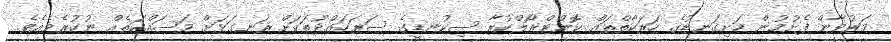
މަރުވާން ފެށުމުން ހަށިގަނޑުގެ ހަރަކާތްތައް ކޮންޓްރޯލްކުރާ ސިކުނޑީގެ ސަރަހައްދުތަކަށް ރަނގަޅަށް މަސައްކަތެއް ނުކުރެވެއެވެ.